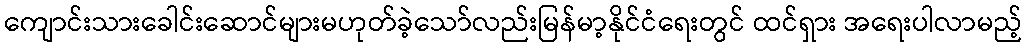
ကျောင်းသားခေါင်းဆောင်များမဟုတ်ခဲ့သော်လည်းမြန်မာ့နိုင်ငံရေးတွင် ထင်ရှား အရေးပါလာမည့်